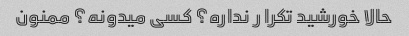
حالا خورشید تکرا ر نداره؟ کسی میدونه؟ ممنون